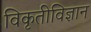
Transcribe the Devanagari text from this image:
विकृतीविज्ञान